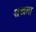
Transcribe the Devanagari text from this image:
शखला